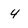
Character: 4